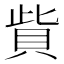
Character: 貲